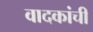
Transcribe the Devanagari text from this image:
वादकांची